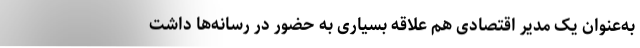
به‌عنوان یک مدیر اقتصادی هم علاقه بسیاری به حضور در رسانه‌ها داشت